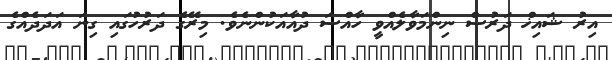
އިރު ޝައިޚް ދަރުސް ނިންމަވާލެއްވީ ހާއްސަ ދުއާއަކުންނެވެ. މިރޭގެ ދަރުހުގައި ގިނަ އަދަދެއްގެ